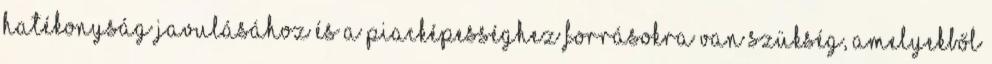
hatékonyság javulásához és a piacképességhez forrásokra van szükség, amelyekből